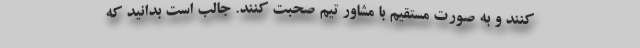
کنند و به صورت مستقیم با مشاور تیم صحبت کنند. جالب است بدانید که